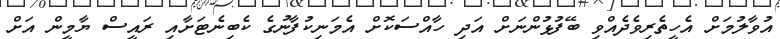
އުވާލުމަށް އެހީތެރިވެދެއްވި ބޭފުޅުންނަށް އަދި ހާއްސަކޮށް އެމަނިކުފާނުގެ ކެބިނެޓަށާއި ރައީސް ޔާމީން އަށް